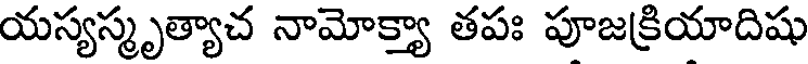
యస్యస్మృత్యాచ నామోక్త్యా తపః పూజక్రియాదిషు